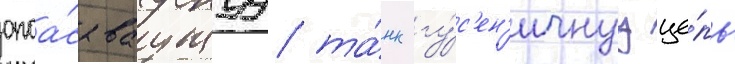
опоа́сываущуу та́нк гу́с'ен'ичнуу це́пь